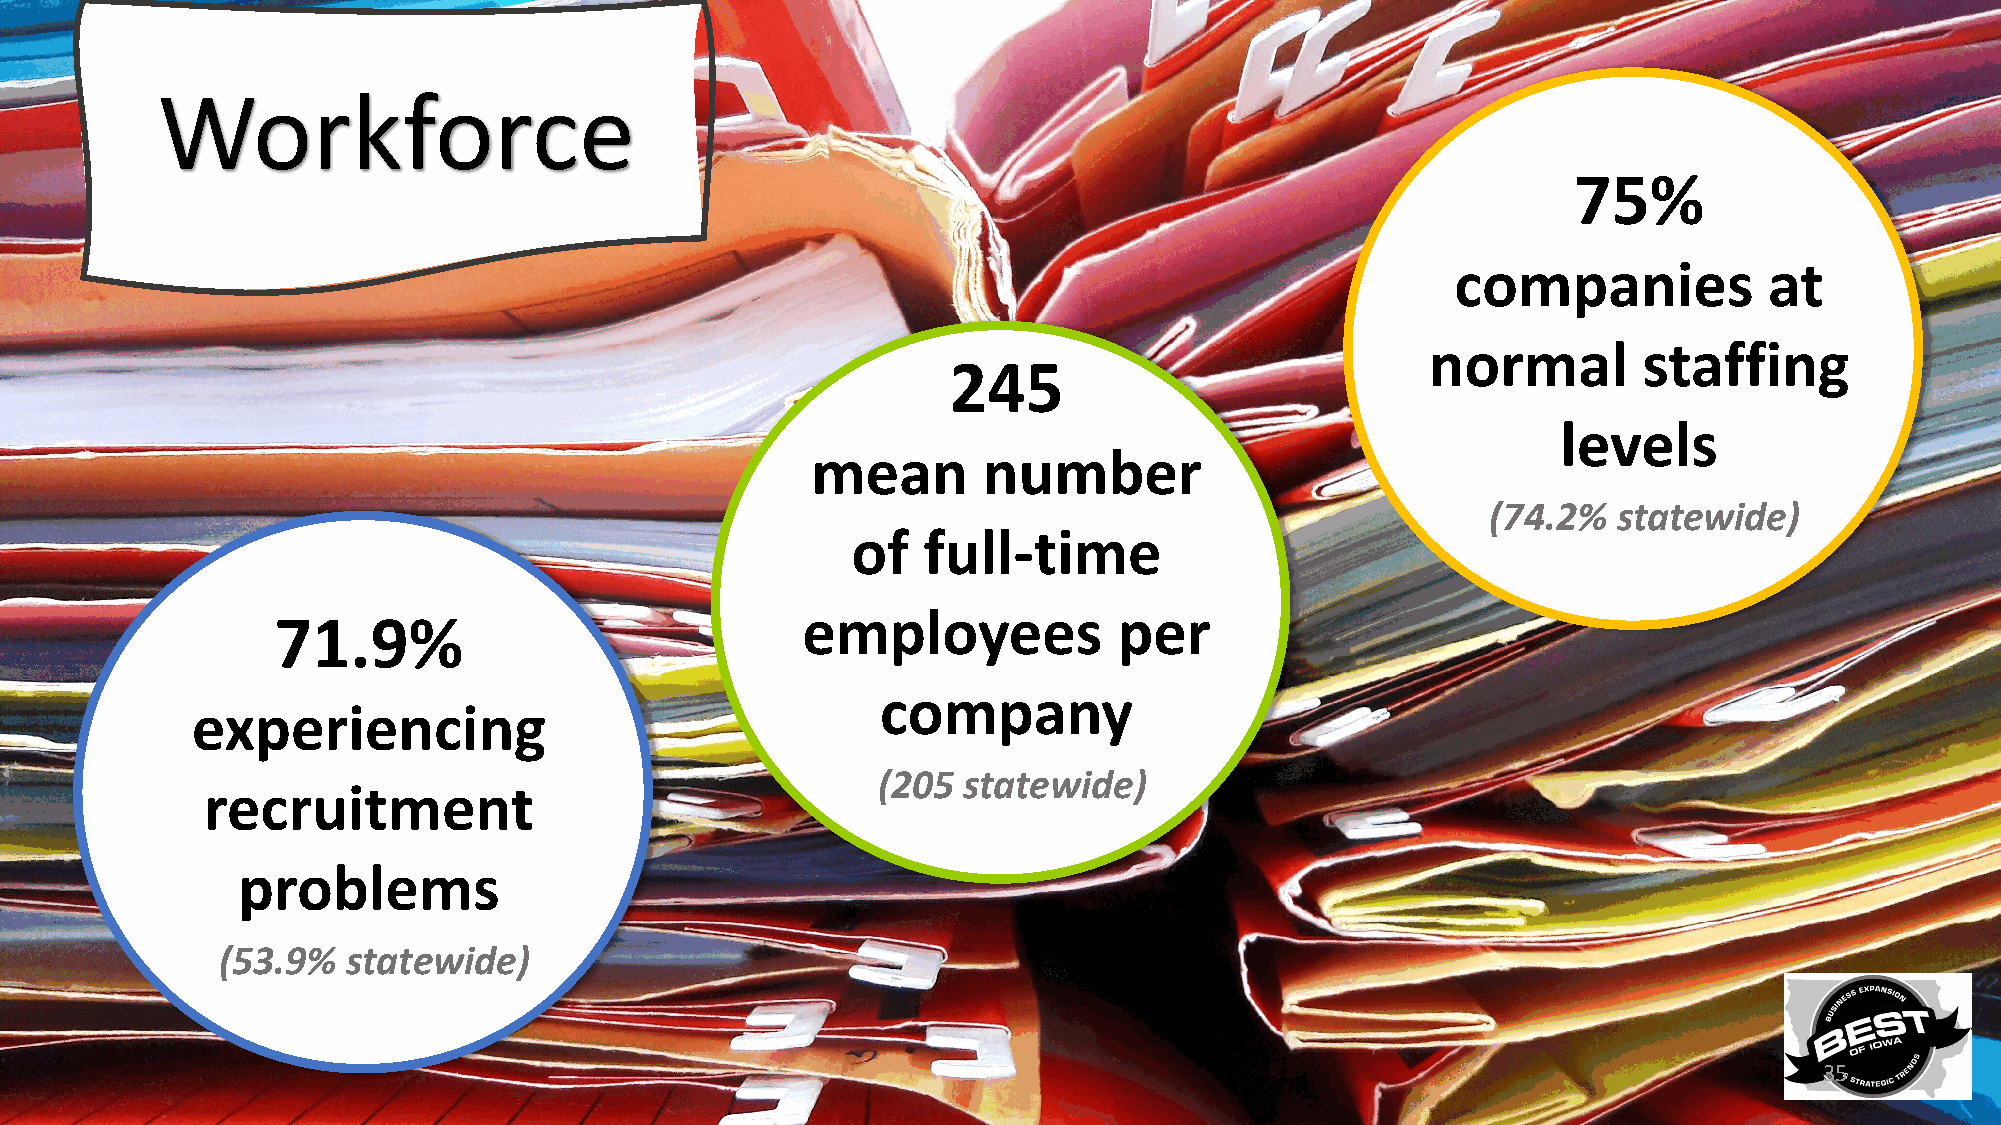
Workforce
 75%
 companies            at
 normal        staffing
 245
 levels
 mean       number
 (74.2%  statewide)
 of   full-time
 employees            per
 71.9%
 company
 experiencing
 (205  statewide)
 recruitment
 problems
 (53.9%  statewide)
 35